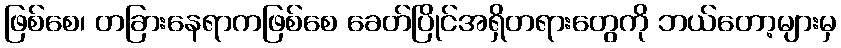
ဖြစ်စေ၊ တခြားနေရာကဖြစ်စေ ခေတ်ပြိုင်အရှိတရားတွေကို ဘယ်တော့များမှ